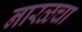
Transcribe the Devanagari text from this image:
नारळचा